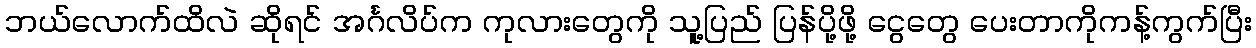
ဘယ်လောက်ထိလဲ ဆိုရင် အင်္ဂလိပ်က ကုလားတွေကို သူ့ပြည် ပြန်ပို့ဖို့ ငွေတွေ ပေးတာကိုကန့်ကွက်ပြီး